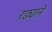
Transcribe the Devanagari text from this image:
रड्याने